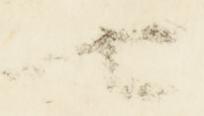
七